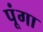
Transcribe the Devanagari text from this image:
पूंगा